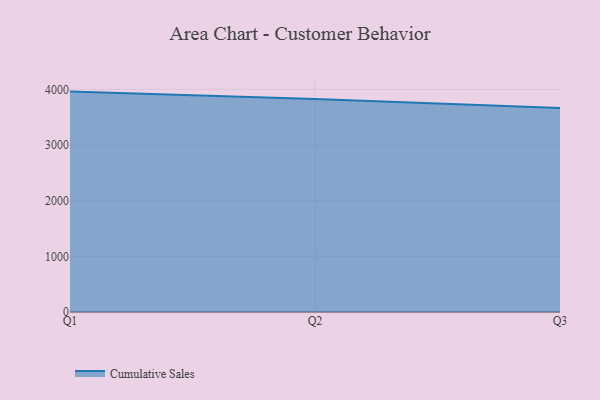
{"axis": {"x": "Quarter", "y": "Satisfaction Score"}, "legend": ["Cumulative Sales"], "data": [{"x": "Q1", "y": 3959.8, "type": "Cumulative Sales"}, {"x": "Q2", "y": 3828.8, "type": "Cumulative Sales"}, {"x": "Q3", "y": 3666.2, "type": "Cumulative Sales"}]}